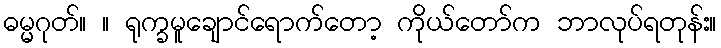
ဓမ္မဂုတ်။ ။ ရုက္ခမူချောင်ရောက်တော့ ကိုယ်တော်က ဘာလုပ်ရတုန်း။